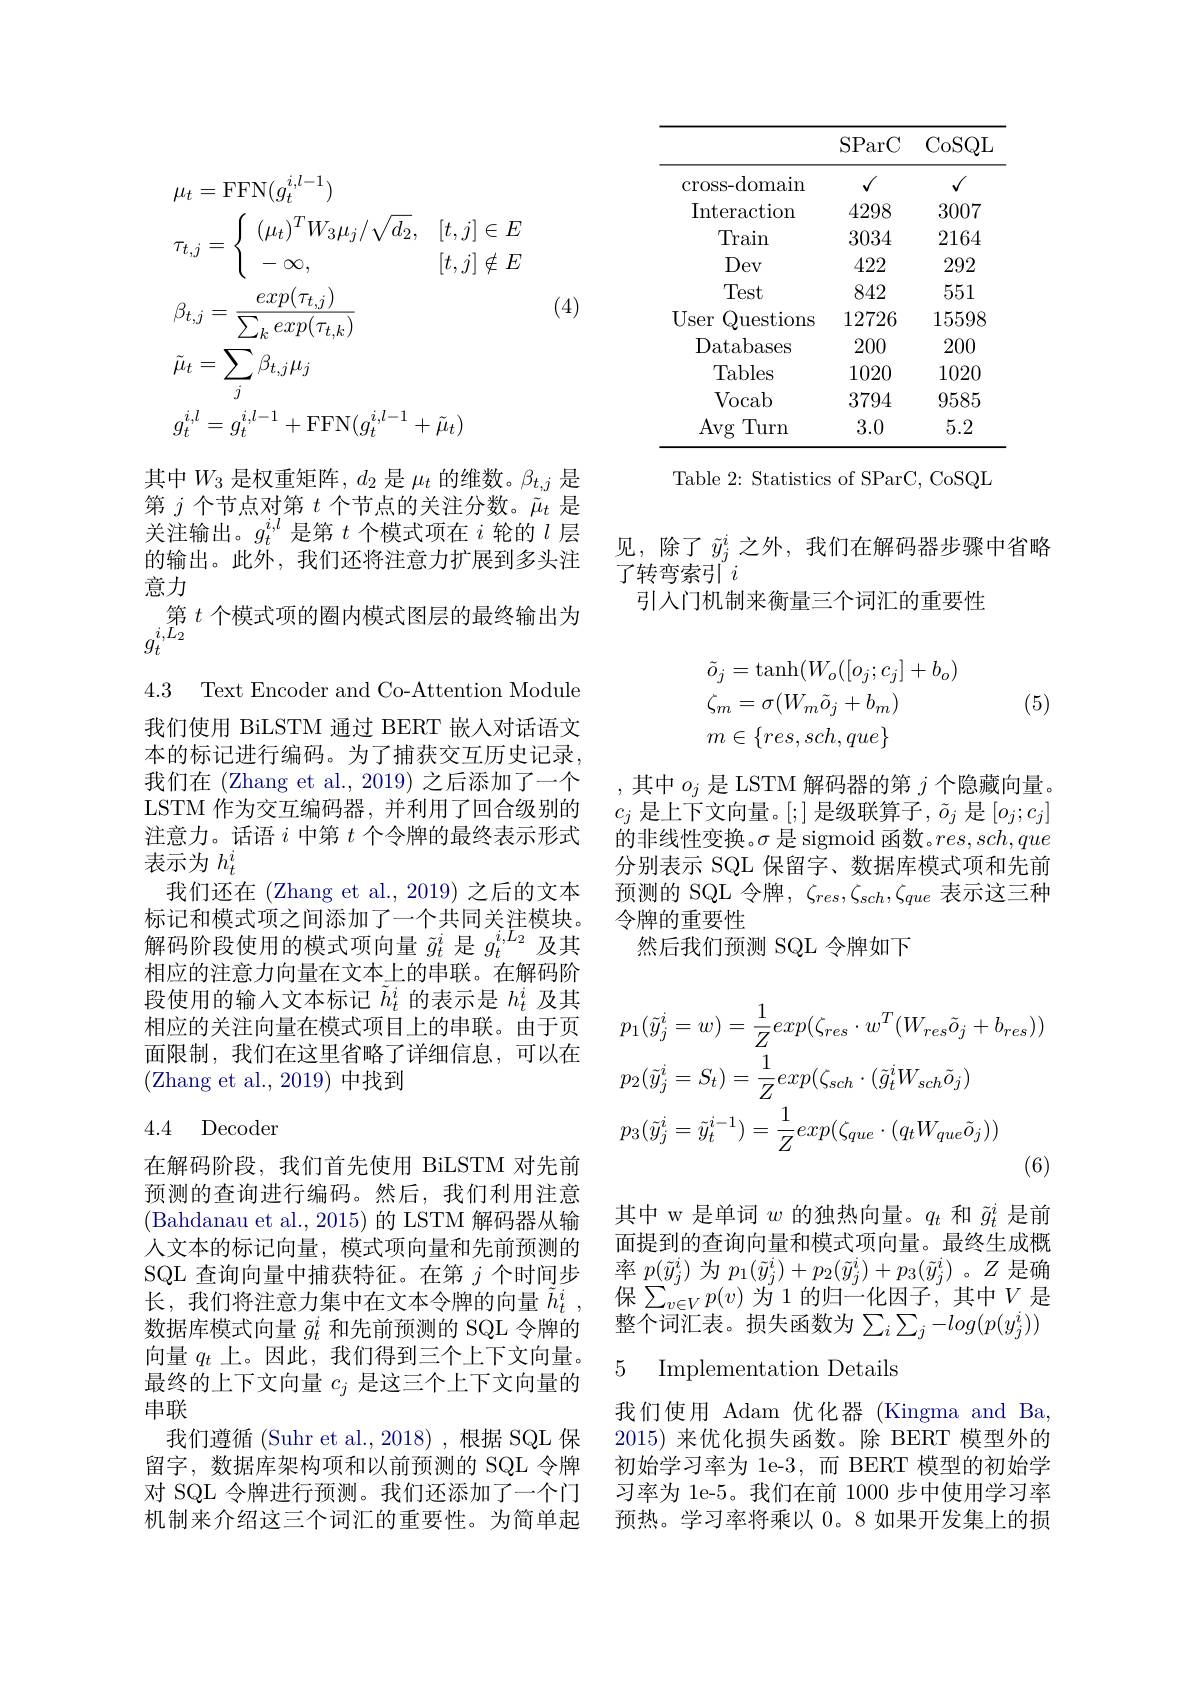
$$\left.\begin{aligned}&\mu_{t}=\mathrm{FFN}(g_{t}^{i,l-1})\\&\tau_{t,j}=\left\{\begin{array}{ll}{{(\mu_{t})^{T}W_{3}\mu_{j}/\sqrt{d_{2}},}}&{{[t,j]\in E}}\\{-\infty,}&{{[t,j]\notin E}}\end{array}\right.\\&\beta_{t,j}=\frac{exp(\tau_{t,j})}{\sum_{k}exp(\tau_{t,k})}\\&\tilde{\mu}_{t}=\sum_{j}\beta_{t,j}\mu_{j}\\&g_{t}^{i,l}=g_{t}^{i,l-1}+\mathrm{FFN}(g_{t}^{i,l-1}+\tilde{\mu}_{t})\end{aligned}\right.$$
(4)

其中$W_3$ 是权重矩阵，$d_2$ 是$\mu_t$的维数。$\beta_t,j$ 是第$j$个节点对第$t$个节点的关注分数。$\tilde{\mu}_t$是关注输出。$g_t^{i,l}$是第$t$个模式项在$i$轮的$\iota$层的输出。此外，我们还将注意力扩展到多头注意力
第$t$个模式项的圈内模式图层的最终输出为
$g_{t}^{i,L_{2}}$

4.3 Text Encoder and Co-Attention Module

我们使用 BiLSTM 通过 BERT 嵌人对话语文本的标记进行编码。为了捕获交互历史记录， 我们在 (Zhang et al., 2019) 之后添加了一个LSTM 作为交互编码器，并利用了回合级别的注意力。话语$i$中第$t$个令牌的最终表示形式表示为$h_t^i$
我们还在 (Zhang et al., 2019) 之后的文本标记和模式项之间添加了一个共同关注模块。解码阶段使用的模式项向量$\tilde{g}_t^i$是$g_t^i,L_2$及其相应的注意力向量在文本上的串联。在解码阶段使用的输入文本标记$\tilde{h}_t^i$的表示是$h_t^i$及其相应的关注向量在模式项目上的串联。由于页面限制，我们在这里省略了详细信息，可以在(Zhang et al., 2019) 中找到

### 4.4 Decoder

在解码阶段，我们首先使用 BiLSTM 对先前预测的查询进行编码。然后，我们利用注意(Bahdanau et al., 2015)的 LSTM 解码器从输人文本的标记向量，模式项向量和先前预测的SQL 查询向量中捕获特征。在第$j$个时间步长，我们将注意力集中在文本令牌的向量$\tilde{h}_t^i$ 数据库模式向量$\tilde{g}_t^i$和先前预测的 SQL 令牌的向量$q_t$上。因此，我们得到三个上下文向量。最终的上下文向量$c_j$是这三个上下文向量的串联
我们遵循 (Suhr et al.,2018),根据 SQL 保留字，数据库架构项和以前预测的 SQL 令牌对 SQL 令牌进行预测。我们还添加了一个门机制来介绍这三个词汇的重要性。为简单起

<table>
	<tbody>
		<tr>
			<th> </th>
			<th>SParC</th>
			<th>CoSQL</th>
		</tr>
		<tr>
			<td>cross- domain</td>
			<td>$√$</td>
			<td>$√$</td>
		</tr>
		<tr>
			<td>Interaction</td>
			<td>4298</td>
			<td>3007</td>
		</tr>
		<tr>
			<td>Train</td>
			<td>3034</td>
			<td>2164</td>
		</tr>
		<tr>
			<td>Dev</td>
			<td>422</td>
			<td>292</td>
		</tr>
		<tr>
			<td>Test</td>
			<td>842</td>
			<td>551</td>
		</tr>
		<tr>
			<td>User Questions</td>
			<td>12726</td>
			<td>15598</td>
		</tr>
		<tr>
			<td>Databases</td>
			<td>200</td>
			<td>200</td>
		</tr>
		<tr>
			<td>Tables</td>
			<td>1020</td>
			<td>1020</td>
		</tr>
		<tr>
			<td>Vocab</td>
			<td>3794</td>
			<td>9585</td>
		</tr>
		<tr>
			<td>Avg Turn</td>
			<td>3.0</td>
			<td>5.2</td>
		</tr>
	</tbody>
</table>

Table 2: Statistics of SParC, CoSQL

见，除了$\tilde{y}_{j}^{i}$之外，我们在解码器步骤中省略
了转弯索引$i$
引入门机制来衡量三个词汇的重要性
$$\begin{aligned}&\tilde{o}_{j}=\mathrm{tanh}(W_{o}([o_{j};c_{j}]+b_{o})\\&\zeta_{m}=\sigma(W_{m}\tilde{o}_{j}+b_{m})\\&m\in\{res,sch,que\}\end{aligned}$$
(5)

,其中$o_j$是 LSTM 解码器的第$j$个隐藏向量。$c_j$ 是上下文向量。[;] 是级联算子$,\tilde{o}_j$ 是$[o_j;c_j]$ 的非线性变换。$\sigma$是 sigmoid 函数。$res,sch,que$ 分别表示 SQL 保留字、数据库模式项和先前预测的 SQL 令牌$,\zeta_{res},\zeta_{sch},\zeta_{que}$表示这三种令牌的重要性
然后我们预测 SQL 令牌如下
$$\begin{aligned}&p_{1}(\tilde{y}_{j}^{i}=w)=\frac{1}{Z}exp(\zeta_{res}\cdot w^{T}(W_{res}\tilde{o}_{j}+b_{res}))\\&p_{2}(\tilde{y}_{j}^{i}=S_{t})=\frac{1}{Z}exp(\zeta_{sch}\cdot(\tilde{g}_{t}^{i}W_{sch}\tilde{o}_{j})\\&p_{3}(\tilde{y}_{j}^{i}=\tilde{y}_{t}^{i-1})=\frac{1}{Z}exp(\zeta_{que}\cdot(q_{t}W_{que}\tilde{o}_{j}))\end{aligned}$$
其中 w 是单词$w$的独热向量。$q_t$和$\tilde{g}_t^i$是前面提到的查询向量和模式项向量。最终生成概率$p(\tilde{y}_j^i)$为$p_1(\tilde{y}_j^i)+p_2(\tilde{y}_j^i)+p_3(\tilde{y}_j^i)$ 。$Z$是确保$\sum_{v\in V}p(v)$为1的归一化因子，其中$V$是整个词汇表。损失函数为$\sum_i\sum_j-log(p(y_j^i))$

### 5 Implementation Details

我们使用 Adam 优化器 (Kingma and Ba, 2015) 来优化损失函数。除 BERT 模型外的初始学习率为 1e-3,而 BERT 模型的初始学习率为 1e-5。我们在前 1000 步中使用学习率预热。学习率将乘以 0。8 如果开发集上的损